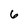
Character: 6